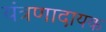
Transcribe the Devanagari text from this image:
यंत्रणादायक